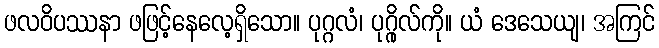
ဖလဝိပဿနာ ဖဖြင့်နေလေ့ရှိသော။ ပုဂ္ဂလံ၊ ပုဂ္ဂိုလ်ကို။ ယံ ဒေသေယျ၊ အကြင်